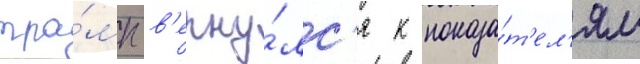
тра́мп в'ерну́лс'я к показа́т'ел'ям